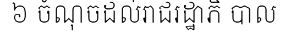
៦ ចំណុចដល់រាជរដ្ឋាភិ បាល